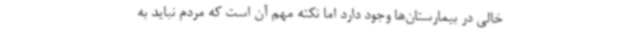
خالی در بیمارستان‌ها وجود دارد اما نکته مهم آن است که مردم نباید به